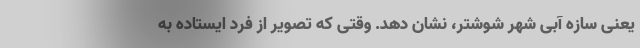
یعنی سازه آبی شهر شوشتر، نشان دهد. وقتی که تصویر از فرد ایستاده به